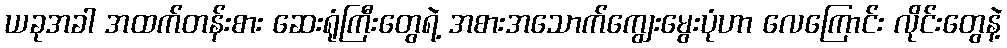
ယခုအခါ အထက်တန်းစား ဆေးရုံကြီးတွေရဲ့ အစားအသောက်ကျွေးမွေးပုံဟာ လေကြောင်း လိုင်းတွေနဲ့